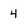
Character: 4